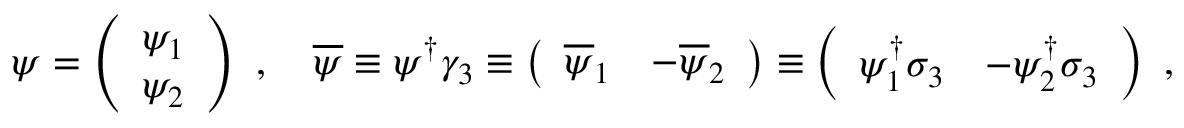
\psi = \left( \begin{array} { c } { { \psi _ { 1 } } } \\ { { \psi _ { 2 } } } \end{array} \right) \ , \quad \overline { { \psi } } \equiv \psi ^ { \dag } \gamma _ { 3 } \equiv \left( \begin{array} { c c } { { \overline { { \psi } } _ { 1 } } } & { { - \overline { { \psi } } _ { 2 } } } \end{array} \right) \equiv \left( \begin{array} { c c } { { \psi _ { 1 } ^ { \dag } \sigma _ { 3 } } } & { { - \psi _ { 2 } ^ { \dag } \sigma _ { 3 } } } \end{array} \right) \ ,